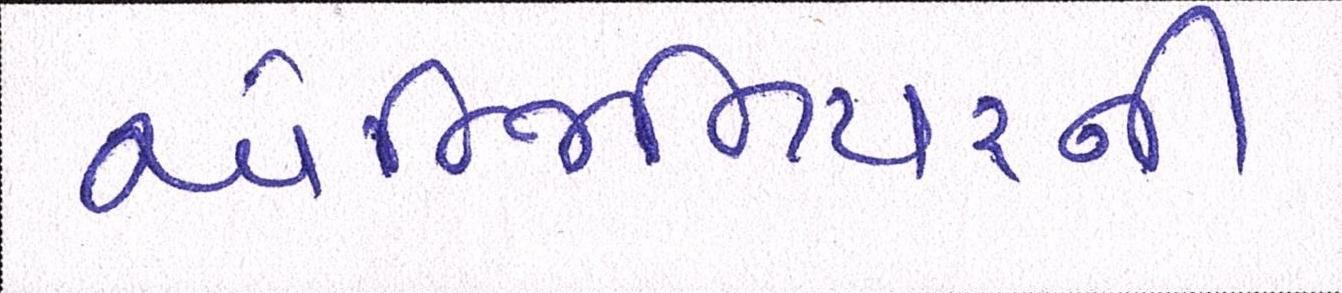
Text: એન્જિનિયરની